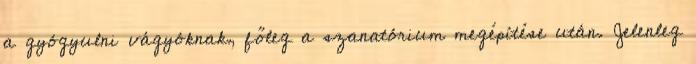
a gyógyulni vágyóknak, főleg a szanatórium megépítése után. Jelenleg